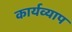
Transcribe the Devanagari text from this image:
कार्यव्याप